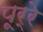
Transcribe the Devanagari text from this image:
पूर्रे